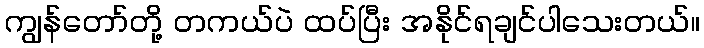
ကျွန်တော်တို့ တကယ်ပဲ ထပ်ပြီး အနိုင်ရချင်ပါသေးတယ်။